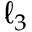
\ell _ { 3 }